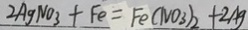
2 A g N O _ { 3 } + F e = F e ( N O _ { 3 } ) _ { 2 } + 2 A g